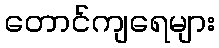
တောင်ကျရေများ